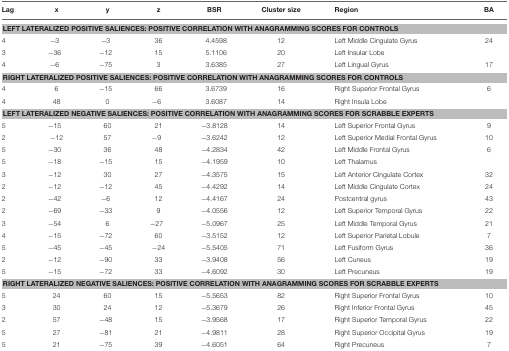
<table><thead><tr><td><b>Lag</b></td><td><b>x</b></td><td><b>y</b></td><td><b>z</b></td><td><b>BSR</b></td><td><b>Cluster size</b></td><td><b>Region</b></td><td><b>BA</b></td></tr></thead><tbody><tr><td colspan="8"><b>LEFT LATERALIZED POSITIVE SALIENCES: POSITIVE CORRELATION WITH ANAGRAMMING SCORES FOR CONTROLS</b></td></tr><tr><td>4</td><td>−3</td><td>−3</td><td>36</td><td>4.4598</td><td>12</td><td>Left Middle Cingulate Gyrus</td><td>24</td></tr><tr><td>3</td><td>−36</td><td>−12</td><td>15</td><td>5.1106</td><td>20</td><td>Left Insular Lobe</td><td></td></tr><tr><td>4</td><td>−6</td><td>−75</td><td>3</td><td>3.6385</td><td>27</td><td>Left Lingual Gyrus</td><td>17</td></tr><tr><td colspan="8"><b>RIGHT LATERALIZED POSITIVE SALIENCES: POSITIVE CORRELATION WITH ANAGRAMMING SCORES FOR CONTROLS</b></td></tr><tr><td>4</td><td>6</td><td>−15</td><td>66</td><td>3.6739</td><td>16</td><td>Right Superior Frontal Gyrus</td><td>6</td></tr><tr><td>4</td><td>48</td><td>0</td><td>−6</td><td>3.6087</td><td>14</td><td>Right Insula Lobe</td><td></td></tr><tr><td colspan="8"><b>LEFT LATERALIZED NEGATIVE SALIENCES: POSITIVE CORRELATION WITH ANAGRAMMING SCORES FOR SCRABBLE EXPERTS</b></td></tr><tr><td>5</td><td>−15</td><td>60</td><td>21</td><td>−3.8128</td><td>14</td><td>Left Superior Frontal Gyrus</td><td>9</td></tr><tr><td>2</td><td>−12</td><td>57</td><td>−9</td><td>−3.6242</td><td>12</td><td>Left Superior Medial Frontal Gyrus</td><td>10</td></tr><tr><td>5</td><td>−30</td><td>36</td><td>48</td><td>−4.2834</td><td>42</td><td>Left Middle Frontal Gyrus</td><td>6</td></tr><tr><td>5</td><td>−18</td><td>−15</td><td>15</td><td>−4.1959</td><td>10</td><td>Left Thalamus</td><td></td></tr><tr><td>3</td><td>−12</td><td>30</td><td>27</td><td>−4.3575</td><td>15</td><td>Left Anterior Cingulate Cortex</td><td>32</td></tr><tr><td>2</td><td>−12</td><td>−12</td><td>45</td><td>−4.4292</td><td>14</td><td>Left Middle Cingulate Cortex</td><td>24</td></tr><tr><td>2</td><td>−42</td><td>−6</td><td>12</td><td>−4.4167</td><td>24</td><td>Postcentral gyrus</td><td>43</td></tr><tr><td>2</td><td>−69</td><td>−33</td><td>9</td><td>−4.0556</td><td>12</td><td>Left Superior Temporal Gyrus</td><td>22</td></tr><tr><td>3</td><td>−54</td><td>6</td><td>−27</td><td>−5.0967</td><td>25</td><td>Left Middle Temporal Gyrus</td><td>21</td></tr><tr><td>4</td><td>−15</td><td>−72</td><td>60</td><td>−3.5152</td><td>12</td><td>Left Superior Parietal Lobule</td><td>7</td></tr><tr><td>5</td><td>−45</td><td>−45</td><td>−24</td><td>−5.5405</td><td>71</td><td>Left Fusiform Gyrus</td><td>36</td></tr><tr><td>2</td><td>−12</td><td>−90</td><td>33</td><td>−3.9408</td><td>56</td><td>Left Cuneus</td><td>19</td></tr><tr><td>5</td><td>−15</td><td>−72</td><td>33</td><td>−4.6092</td><td>30</td><td>Left Precuneus</td><td>19</td></tr><tr><td colspan="8"><b>RIGHT LATERALIZED NEGATIVE SALIENCES: POSITIVE CORRELATION WITH ANAGRAMMING SCORES FOR SCRABBLE EXPERTS</b></td></tr><tr><td>5</td><td>24</td><td>60</td><td>15</td><td>−5.5653</td><td>82</td><td>Right Superior Frontal Gyrus</td><td>10</td></tr><tr><td>3</td><td>30</td><td>24</td><td>12</td><td>−5.3679</td><td>26</td><td>Right Inferior Frontal Gyrus</td><td>45</td></tr><tr><td>2</td><td>57</td><td>−48</td><td>15</td><td>−3.9568</td><td>17</td><td>Right Superior Temporal Gyrus</td><td>22</td></tr><tr><td>5</td><td>27</td><td>−81</td><td>21</td><td>−4.9811</td><td>28</td><td>Right Superior Occipital Gyrus</td><td>19</td></tr><tr><td>5</td><td>21</td><td>−75</td><td>39</td><td>−4.6051</td><td>64</td><td>Right Precuneus</td><td>7</td></tr></tbody></table>